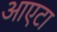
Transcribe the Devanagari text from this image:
आएटा